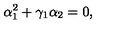
\alpha _ { 1 } ^ { 2 } + \gamma _ { 1 } \alpha _ { 2 } = 0 ,